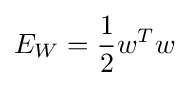
E_{W}={\frac {1}{2}}w^{T}w